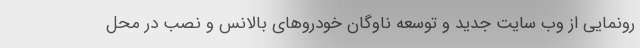
رونمایی از وب سایت جدید و توسعه ناوگان خودروهای بالانس و نصب در محل